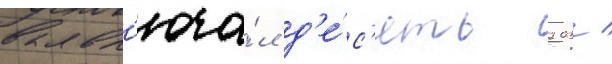
вкл'юча́л д'е́с'ять 203 /